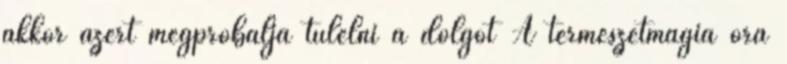
akkor azért megpróbálja túlélni a dolgot A természetmágia óra